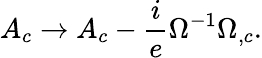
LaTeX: A_{c}\rightarrow A_{c}-\frac{i}{e}\Omega^{-1}\Omega_{,c}.